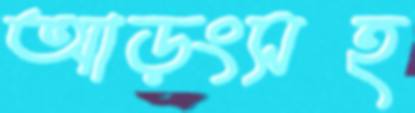
আড়ংসহ